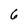
Character: 6